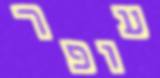
עופר